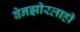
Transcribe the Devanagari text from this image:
बेनझीरलाही